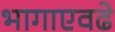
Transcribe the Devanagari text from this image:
भागाएवढे